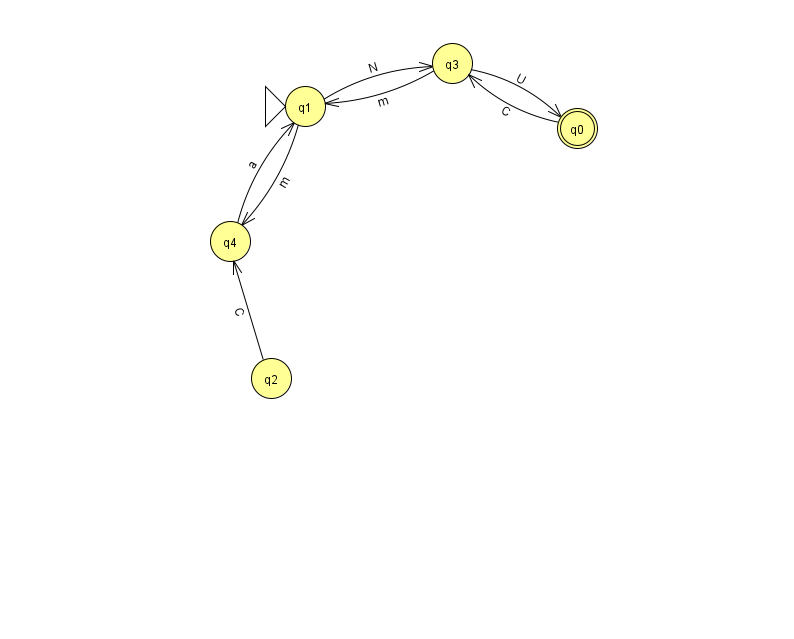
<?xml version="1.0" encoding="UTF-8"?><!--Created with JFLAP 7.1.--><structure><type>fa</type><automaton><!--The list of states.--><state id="0" name="q0"><x>577.0</x><y>115.0</y><final/></state><state id="1" name="q1"><x>305.0</x><y>93.0</y><initial/></state><state id="2" name="q2"><x>271.0</x><y>365.0</y></state><state id="3" name="q3"><x>452.0</x><y>50.0</y></state><state id="4" name="q4"><x>230.0</x><y>228.0</y></state><!--The list of transitions.--><transition><from>3</from><to>1</to><read>m</read></transition><transition><from>0</from><to>3</to><read>C</read></transition><transition><from>1</from><to>3</to><read>N</read></transition><transition><from>3</from><to>0</to><read>U</read></transition><transition><from>4</from><to>1</to><read>a</read></transition><transition><from>1</from><to>4</to><read>m</read></transition><transition><from>2</from><to>4</to><read>C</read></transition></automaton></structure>